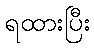
ရထားပြီး